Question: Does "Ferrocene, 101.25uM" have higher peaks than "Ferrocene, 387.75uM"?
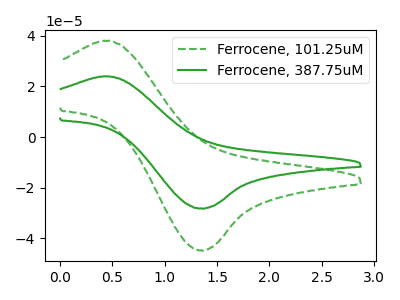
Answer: <think>The green dashed curve "Ferrocene, 101.25uM" has an anodic peak at (0.45V, 37.95uA) and a cathodic peak at (1.35V, -44.70uA). The green curve "Ferrocene, 387.75uM" has an anodic peak at (0.45V, 23.90uA) and a cathodic peak at (1.35V, -28.15uA).</think>
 <answer>Every peak in "Ferrocene, 101.25uM" is higher than every peak in "Ferrocene, 387.75uM".</answer>
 <eval>higher</eval>